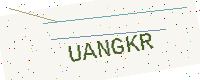
Text: UANGKR